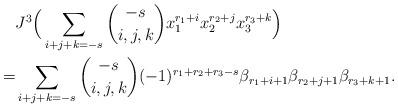
LaTeX: \begin{align*}&J^3\Big(\sum_{i+j+k=-s}\binom{-s}{i,j,k}x_1^{r_1+i}x_2^{r_2+j}x_3^{r_3+k}\Big) \\=&\sum_{i+j+k=-s}\binom{-s}{i,j,k}(-1)^{r_1+r_2+r_3-s}\beta_{r_1+i+1}\beta_{r_2+j+1}\beta_{r_3+k+1}.\end{align*}